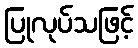
ပြုလုပ်သဖြင့်